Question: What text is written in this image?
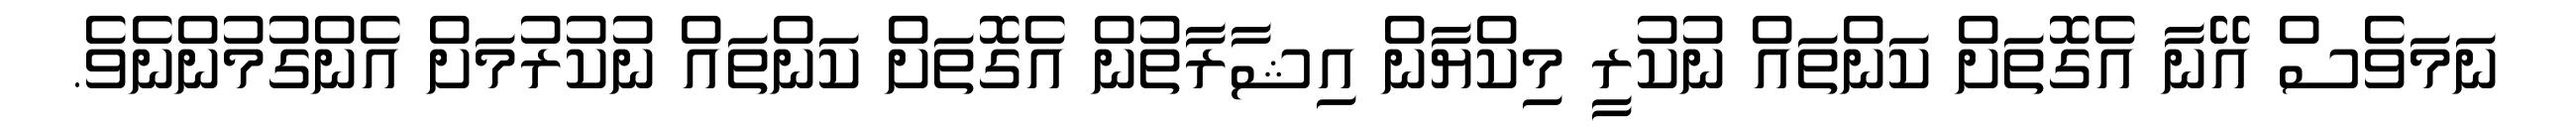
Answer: ނަމަވެސް އޭނާ އެގޮތަށް ކަންތައް ނުކުރީ މިކްޔާން އިޝާރާތުން އެގޮތަށް ކަންތައް ނުކުރުމަށް އެންގުމުންނެވެ.